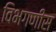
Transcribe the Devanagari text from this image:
विभगणीस